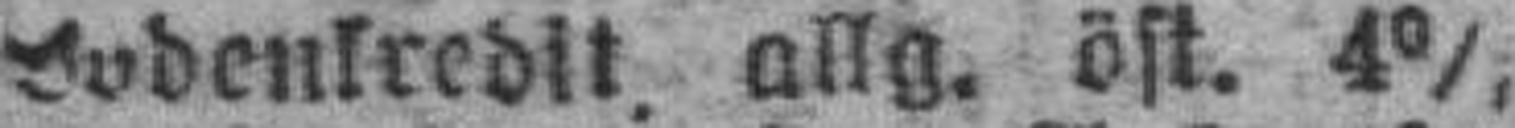
###denkredit, allg. öst. 4%